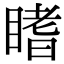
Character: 𥉙